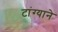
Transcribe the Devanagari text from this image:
टांग्याने